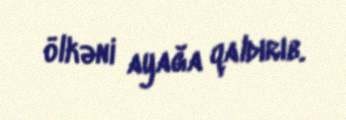
ölkəni ayağa qaldırıb.